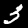
Digit: 3